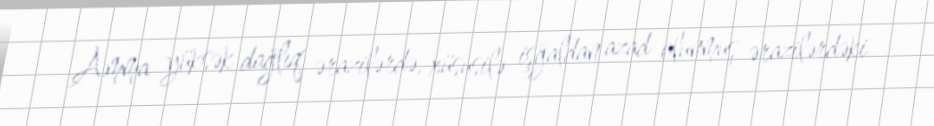
Amma yüksək dağlıq ərazilərdə, xüsusilə işğaldan azad olunmuş ərazilərdəki